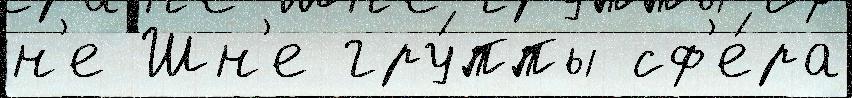
н'е Шн'е гру́ппы сф'е́ра